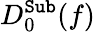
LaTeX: D_{0}^{\texttt{Sub}}(f)